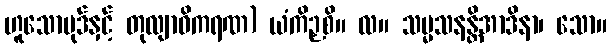
ဟူသောပုဒ်နှင့် တုလျာဓိကရဏ) ယံကိဉှစိ။ လ။ သမ္မသနန္တိအာဒိနာ၊ သော။